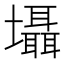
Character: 𡓳